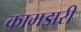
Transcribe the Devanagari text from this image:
कामझरी